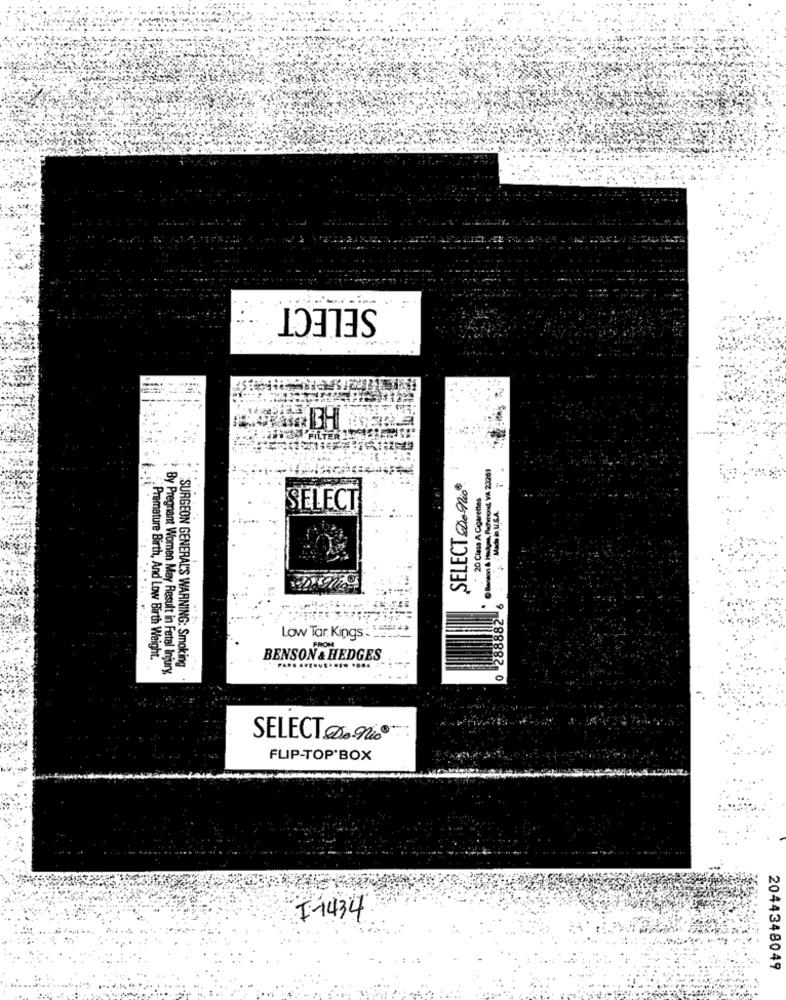
SELECT
SELECT . 90
20 Class A Cigarettes
Mache l U.S.A.
SELECT
8882
Low Tar Kings
FROM
Premature Birth, And Low Birth Weight.
BENSON & HEDGES
By Pregnant Women May Result in Fetal Injury,
SURGEON GENERAL'S WARNING: Smoking
SELECT ØD.ni®
FLIP-TOP'BOX
I-1434
2044348049